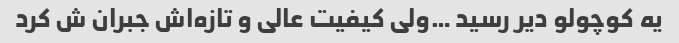
یه کوچولو دیر رسید …ولی کیفیت عالی و تازه‌اش جبران ش کرد